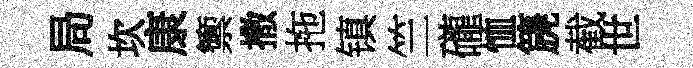
局坎康籞撒拖镇竺礲恤篪截世